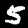
Label: 5